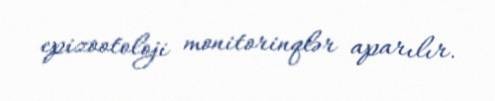
epizootoloji monitorinqlər aparılır.